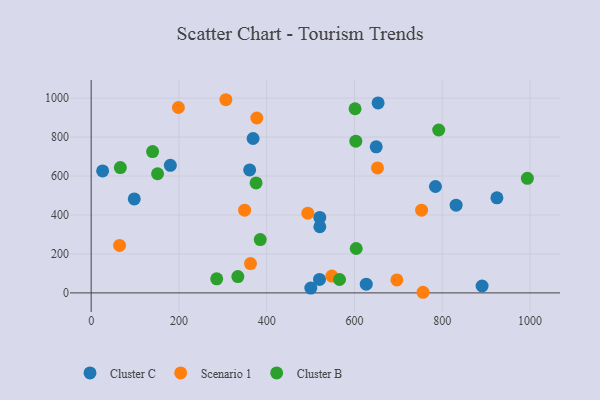
{"axis": {"x": "Experience", "y": "Demand"}, "legend": ["Cluster B", "Cluster C", "Scenario 1"], "data": [{"x": "521.0", "y": 387.3, "type": "Cluster C"}, {"x": "784.6", "y": 546.4, "type": "Cluster C"}, {"x": "653.9", "y": 975.3, "type": "Cluster C"}, {"x": "890.9", "y": 35.3, "type": "Cluster C"}, {"x": "924.7", "y": 488.3, "type": "Cluster C"}, {"x": "626.9", "y": 44.9, "type": "Cluster C"}, {"x": "831.7", "y": 450.2, "type": "Cluster C"}, {"x": "26.1", "y": 626.0, "type": "Cluster C"}, {"x": "180.4", "y": 655.0, "type": "Cluster C"}, {"x": "520.4", "y": 69.2, "type": "Cluster C"}, {"x": "649.6", "y": 750.2, "type": "Cluster C"}, {"x": "500.5", "y": 24.6, "type": "Cluster C"}, {"x": "521.1", "y": 339.6, "type": "Cluster C"}, {"x": "361.2", "y": 631.6, "type": "Cluster C"}, {"x": "98.2", "y": 482.6, "type": "Cluster C"}, {"x": "369.0", "y": 792.6, "type": "Cluster C"}, {"x": "756.3", "y": 3.2, "type": "Scenario 1"}, {"x": "377.5", "y": 898.0, "type": "Scenario 1"}, {"x": "64.7", "y": 243.6, "type": "Scenario 1"}, {"x": "548.6", "y": 86.4, "type": "Scenario 1"}, {"x": "696.7", "y": 66.4, "type": "Scenario 1"}, {"x": "307.0", "y": 991.8, "type": "Scenario 1"}, {"x": "652.5", "y": 641.4, "type": "Scenario 1"}, {"x": "349.7", "y": 424.9, "type": "Scenario 1"}, {"x": "493.8", "y": 409.5, "type": "Scenario 1"}, {"x": "753.0", "y": 424.7, "type": "Scenario 1"}, {"x": "198.8", "y": 951.8, "type": "Scenario 1"}, {"x": "363.1", "y": 150.5, "type": "Scenario 1"}, {"x": "375.8", "y": 564.7, "type": "Cluster B"}, {"x": "140.0", "y": 725.8, "type": "Cluster B"}, {"x": "994.1", "y": 588.1, "type": "Cluster B"}, {"x": "603.1", "y": 778.9, "type": "Cluster B"}, {"x": "604.0", "y": 228.0, "type": "Cluster B"}, {"x": "286.1", "y": 72.2, "type": "Cluster B"}, {"x": "151.3", "y": 611.8, "type": "Cluster B"}, {"x": "601.4", "y": 945.5, "type": "Cluster B"}, {"x": "66.5", "y": 643.4, "type": "Cluster B"}, {"x": "385.3", "y": 273.8, "type": "Cluster B"}, {"x": "566.0", "y": 68.8, "type": "Cluster B"}, {"x": "334.3", "y": 83.8, "type": "Cluster B"}, {"x": "792.0", "y": 836.4, "type": "Cluster B"}]}